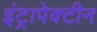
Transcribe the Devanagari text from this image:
इंट्रापेक्टीन